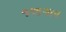
જળગાય